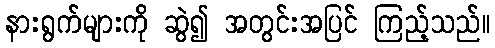
နားရွက်များကို ဆွဲ၍ အတွင်းအပြင် ကြည့်သည်။